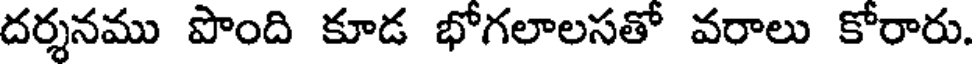
దర్శనము పొంది కూడ భోగలాలసతో వరాలు కోరారు.